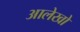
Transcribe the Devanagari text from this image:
आलेखो